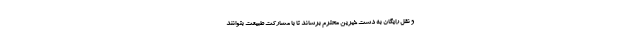
و نقل رایگان به دست خیرین محترم برساند تا با مشارکت طبیعت بتوانند